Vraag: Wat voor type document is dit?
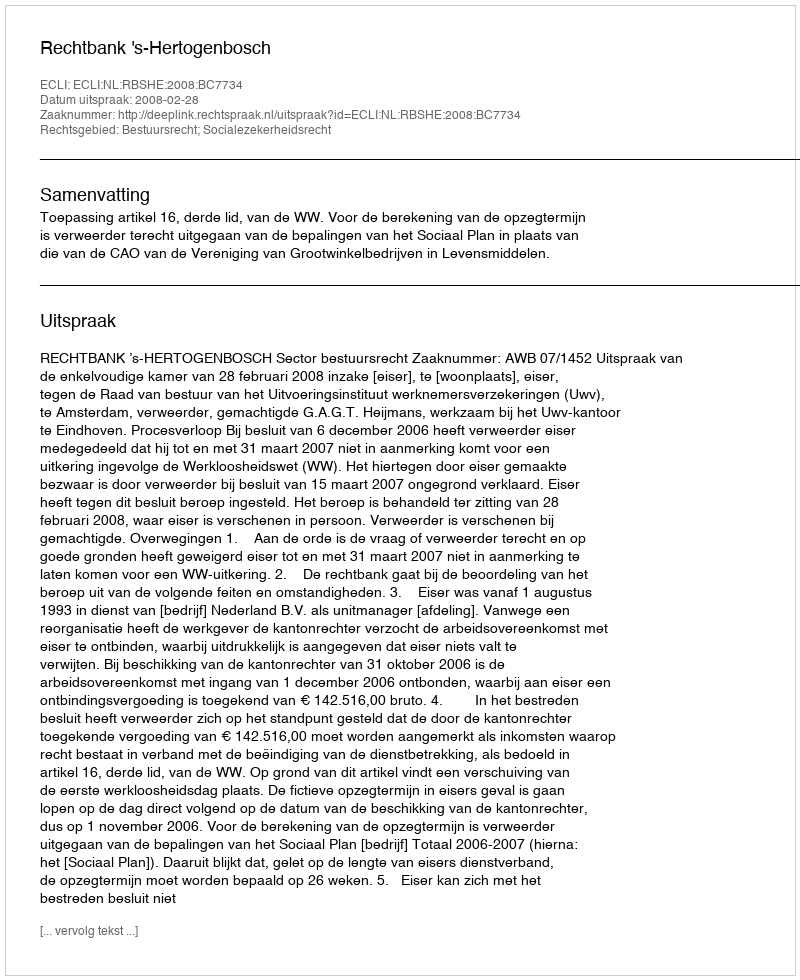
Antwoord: Uitspraak